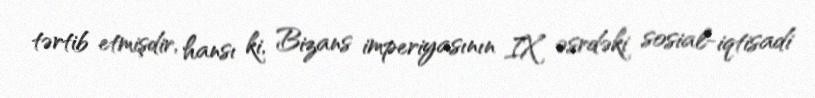
tərtib etmişdir, hansı ki, Bizans imperiyasının IX əsrdəki sosial-iqtisadi